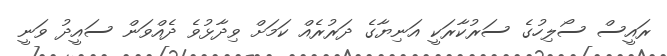
ރައީސް ސޯލިހުގެ ސަރުކާރަކީ އަނިޔާގެ ދަރުރެއް ކަމަށް ވިދާޅުވެ ދެއްވަން ސައީދު ވަނީ